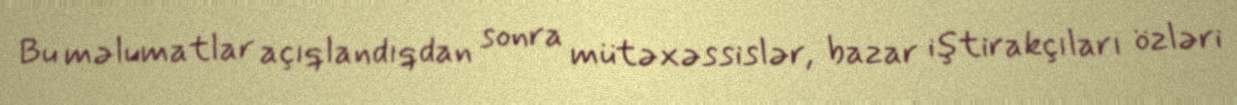
Bu məlumatlar açıqlandıqdan sonra mütəxəssislər, bazar iştirakçıları özləri